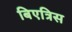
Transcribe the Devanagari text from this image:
बिएत्रिस